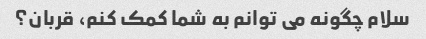
سلام چگونه می توانم به شما کمک کنم، قربان؟